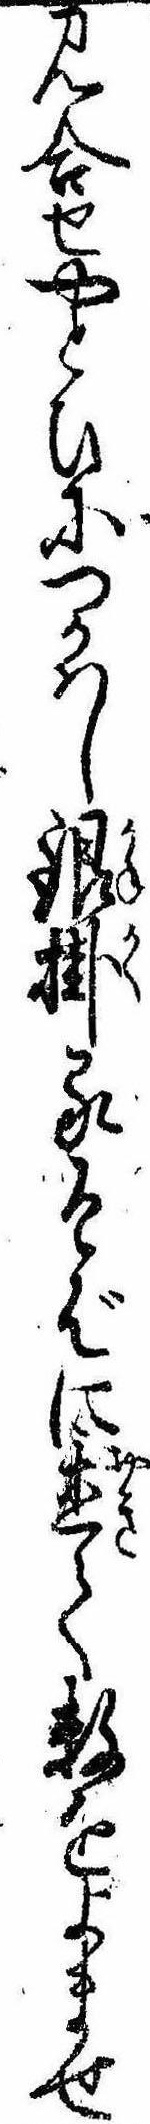
見合せやとひにつかはし銀掛るそばに置て数をよませ